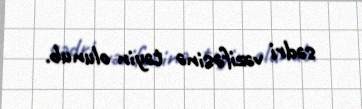
sədri vəzifəsinə təyin olunub.